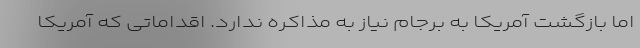
اما بازگشت آمریکا به برجام نیاز به مذاکره ندارد. اقداماتی که آمریکا